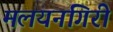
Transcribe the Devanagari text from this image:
मलयनगिरी